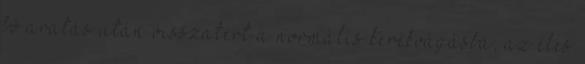
bő aratás után visszatért a normális kerékvágásba, az éles